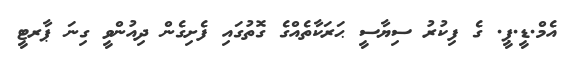
އެމް.ޑީ.ޕީ. ގެ ފިކުރު ސިޔާސީ ޙަރަކާތެއްގެ ގޮތުގައި ފެށިގެން ދިއުންވީ ގިނަ ޕާރޓީ